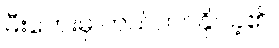
မီးဘေးမှ ကယ်တင်နိုင်ခဲ့၏။